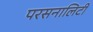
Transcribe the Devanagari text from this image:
परसनालिटी